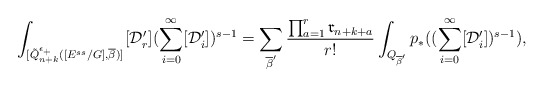
\begin{align*}\int_{[\tilde{Q}^{\epsilon_{+}}_{n+k}([E^{ss}/G],\overline{\beta})]^{}}[\mathcal{D}'_{r}](\sum_{i=0}^{\infty}[\mathcal{D}'_i])^{s-1}=\sum_{\overline{\beta}'}\dfrac{\prod_{a=1}^r\mathfrak{r}_{n+k+a}}{r!}\int_{Q_{\overline{\beta}'}}p_*((\sum_{i=0}^{\infty}[\mathcal{D}'_i])^{s-1}),\end{align*}